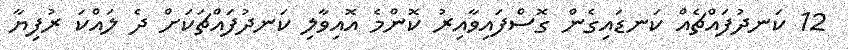
12 ކަނދުފައްޗެއް ކަނޑައިގެން ގޮސްފައިވާއިރު ކޮންމެ އޮއިވާލި ކަނދުފައްޗަކަށް ދެ ލައްކަ ރުފިޔާ